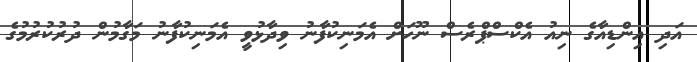
އަދި އިންޑިއާގެ ނިއު އެކްސްޕްރެސް ނޫހަށް އެމަނިކުފާނު ވިދާޅުވީ އެމަނިކުފާނު މަގާމުން ދުރުކުރުމުގެ